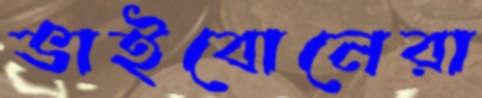
ভাইবোনেরা